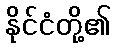
နိုင်ငံတို့၏